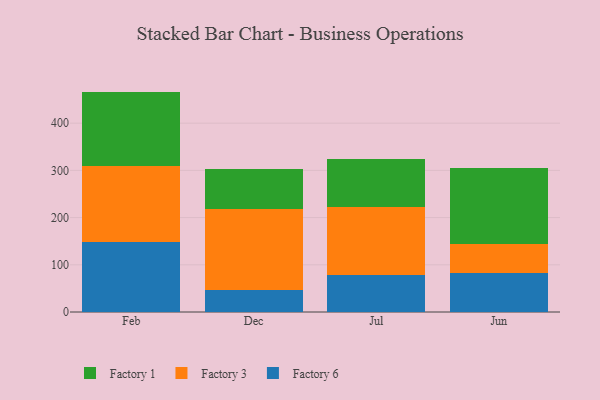
{"axis": {"x": "Month", "y": "Operating Costs (USD K)"}, "legend": ["Factory 1", "Factory 3", "Factory 6"], "data": [{"x": "Feb", "y": 147.8, "type": "Factory 6"}, {"x": "Feb", "y": 162.0, "type": "Factory 3"}, {"x": "Feb", "y": 157.1, "type": "Factory 1"}, {"x": "Dec", "y": 46.8, "type": "Factory 6"}, {"x": "Dec", "y": 170.9, "type": "Factory 3"}, {"x": "Dec", "y": 85.1, "type": "Factory 1"}, {"x": "Jul", "y": 77.9, "type": "Factory 6"}, {"x": "Jul", "y": 144.6, "type": "Factory 3"}, {"x": "Jul", "y": 102.4, "type": "Factory 1"}, {"x": "Jun", "y": 83.4, "type": "Factory 6"}, {"x": "Jun", "y": 60.8, "type": "Factory 3"}, {"x": "Jun", "y": 161.9, "type": "Factory 1"}]}